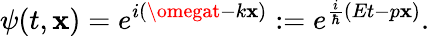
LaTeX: \psi(t,\mathbf{x})=e^{i(\omegat-k\mathbf{x})}:=e^{\frac{{i}}{{\hbar}}(Et-p\mathbf{x})}.